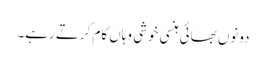
دونوں بھائی ہنسی خوشی وہاں کام کرتے رہے۔